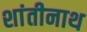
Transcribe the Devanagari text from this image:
शांतीनाथ